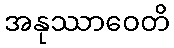
အနုဿာဝေတိ